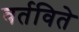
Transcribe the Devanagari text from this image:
वर्तविते